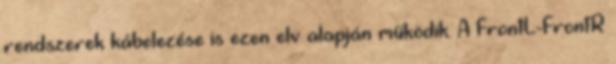
rendszerek kábelezése is ezen elv alapján működik. A FrontL-FrontR